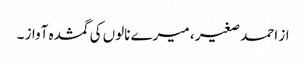
از احمد صغیر ، میرے نالوں کی گمشدہ آواز ۔